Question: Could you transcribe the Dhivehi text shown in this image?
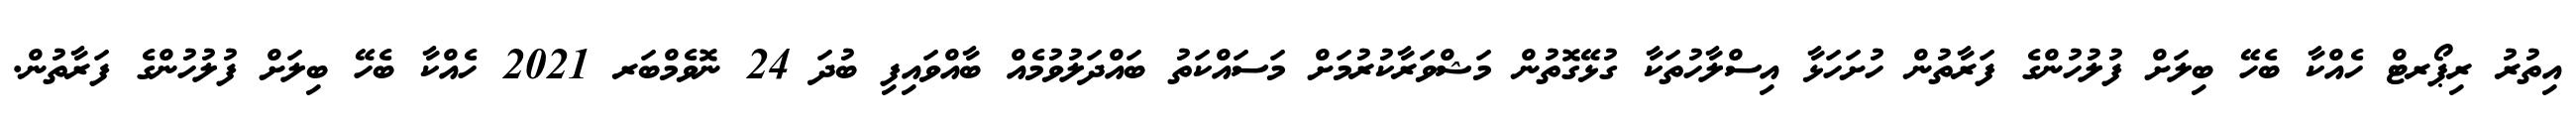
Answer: އިތުރު ރިޕޯރޓް ހެއްކާ ބެހޭ ބިލަށް ފުލުހުންގެ ފަރާތުން ހުށަހަޅާ އިސްލާހުތަކާ ގުޅޭގޮތުން މަޝްވަރާކުރުމަށް މަސައްކަތު ބައްދަލުވުމެއް ބާއްވައިފި ބުދަ 24 ނޮވެމްބަރ 2021 ހެއްކާ ބެހޭ ބިލަށް ފުލުހުންގެ ފަރާތުން.